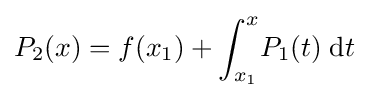
\displaystyle P_{2}(x)=f(x_{1})+\int _{x_{1}}^{x}\!P_{1}(t)\;\mathrm {d} t